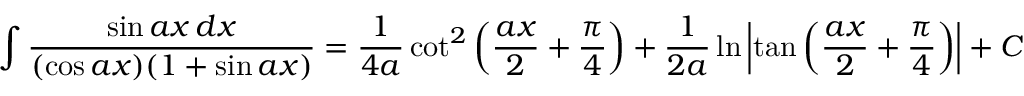
\int { \frac { \sin a x \, d x } { ( \cos a x ) ( 1 + \sin a x ) } } = { \frac { 1 } { 4 a } } \cot ^ { 2 } \left( { \frac { a x } { 2 } } + { \frac { \pi } { 4 } } \right) + { \frac { 1 } { 2 a } } \ln \left| \tan \left( { \frac { a x } { 2 } } + { \frac { \pi } { 4 } } \right) \right| + C